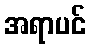
အရာပင်